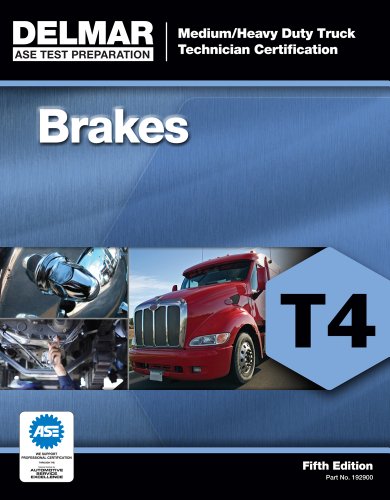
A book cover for ASE Test Preparation - T4 Brakes (Delmar Learning's Ase Test Prep Series); Cengage Learning Delmar; Test Preparation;